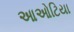
આઓટિયા